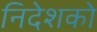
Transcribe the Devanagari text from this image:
निदेशको